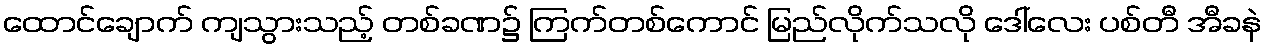
ထောင်ချောက် ကျသွားသည့် တစ်ခဏ၌ ကြက်တစ်ကောင် မြည်လိုက်သလို ဒေါ်လေး ပစ်တီ အီခနဲ